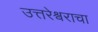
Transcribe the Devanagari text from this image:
उत्तरेश्वराचा